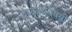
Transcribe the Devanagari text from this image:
संस्कृतविषयी